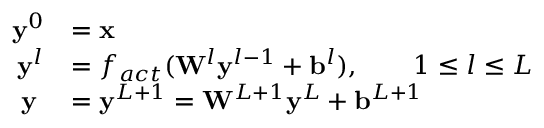
\begin{array} { r l } { \mathbf { y } ^ { 0 } } & { = \mathbf { x } } \\ { \mathbf { y } ^ { l } } & { = f _ { a c t } ( \mathbf { W } ^ { l } \mathbf { y } ^ { l - 1 } + \mathbf { b } ^ { l } ) , \qquad 1 \le l \le L } \\ { \mathbf { y } \; } & { = \mathbf { y } ^ { L + 1 } = \mathbf { W } ^ { L + 1 } \mathbf { y } ^ { L } + \mathbf { b } ^ { L + 1 } } \end{array}